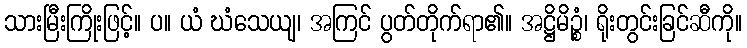
သားမြီးကြိုးဖြင့်။ ပ။ ယံ ဃံသေယျ၊ အကြင် ပွတ်တိုက်ရာ၏။ အဋ္ဌိမိဉ္စံ၊ ရိုးတွင်းခြင်ဆီကို။